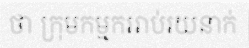
ថា ក្រុមកម្មកររាប់រយនាក់